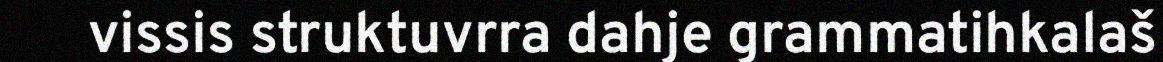
vissis struktuvrra dahje grammatihkalaš